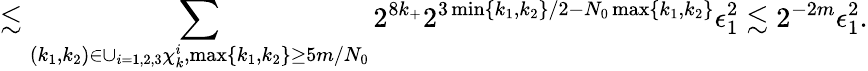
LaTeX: \lesssim\sum_{(k_{1},k_{2})\in\cup_{i=1,2,3}\chi_{k}^{i},\operatorname*{max}\{ k_{1},k_{2}\} \geq 5m/N_{0}}2^{8k_{+}}2^{3\operatorname*{min}\{ k_{1},k_{2}\} /2-N_{0}\operatorname*{max}\{ k_{1},k_{2}\} }\epsilon_{1}^{2}\lesssim 2^{-2m}\epsilon_{1}^{2}.